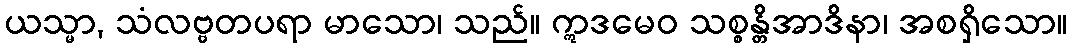
ယသ္မာ, သံလဗ္ဗတပရာ မာသော၊ သည်။ ဣဒမေဝ သစ္စန္တိအာဒိနာ၊ အစရှိသော။